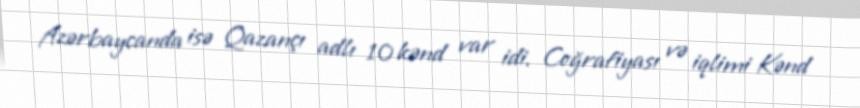
Azərbaycanda isə Qazançı adlı 10 kənd var idi. Coğrafiyası və iqlimi Kənd